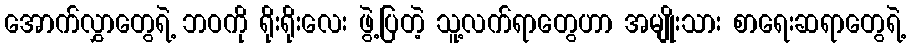
အောက်လွှာတွေရဲ့ ဘဝကို ရိုးရိုးလေး ဖွဲ့ပြတဲ့ သူ့လက်ရာတွေဟာ အမျိုးသား စာရေးဆရာတွေရဲ့